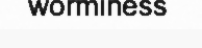
worminess